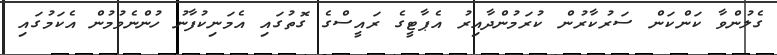
ގެލުންވާ ކަންކަން ސަރުކާރުން ކުރަމުންދާއިރު އެޕާޓީގެ ރައީސްގެ ގޮތުގައި އެމަނިކުފާނު ހުންނެވުމުން އެކަމުގައި